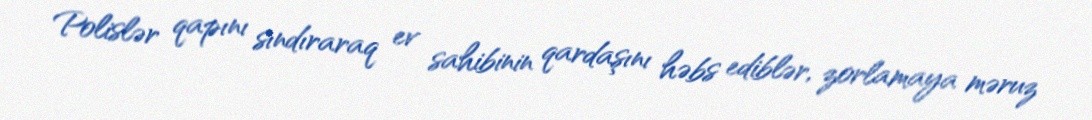
Polislər qapını sındıraraq ev sahibinin qardaşını həbs ediblər, zorlamaya məruz